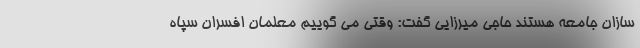
سازان جامعه هستند حاجی میرزایی گفت: وقتی می گوییم معلمان افسران سپاه